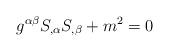
\begin{align*}g^{\alpha \beta }S_{,\alpha }S_{,\beta }+m^2=0\end{align*}